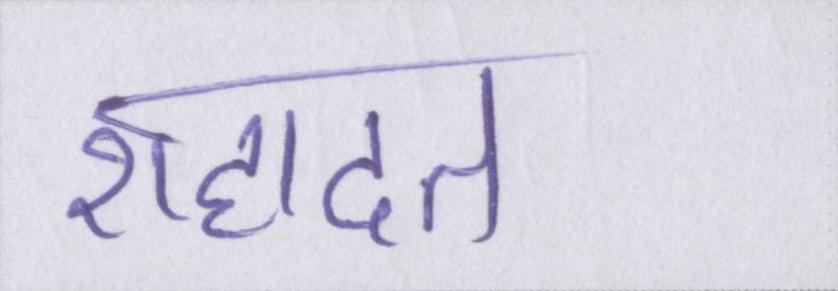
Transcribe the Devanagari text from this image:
शहादत